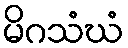
မိဂသံဃံ